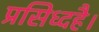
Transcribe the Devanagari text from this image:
प्रसिध्दहै।